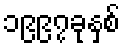
၁၉၉၇ခုနှစ်